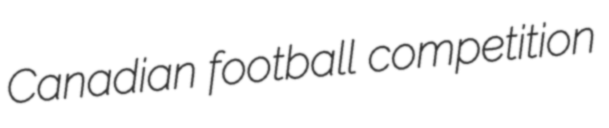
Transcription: Canadian football competition